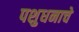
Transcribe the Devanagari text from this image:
पशुधनाचे